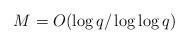
LaTeX: \begin{align*} M= O(\log q/\log \log q)\end{align*}